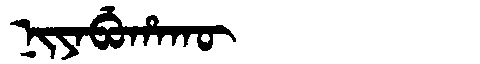
Manchu: ᠨᡳᠶᠠᠪᡠᡥᠠᡴᡡ
Romanization: NIYABUHAKŪ